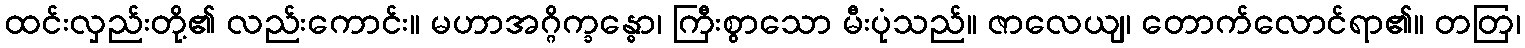
ထင်းလှည်းတို့၏ လည်းကောင်း။ မဟာအဂ္ဂိက္ခန္ဓော၊ ကြီးစွာသော မီးပုံသည်။ ဇာလေယျ၊ တောက်လောင်ရာ၏။ တတြ၊